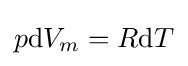
p\mathrm {d} V_{m}=R\mathrm {d} T